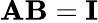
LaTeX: \mathbf{AB}=\mathbf{I}